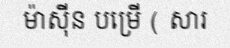
ម៉ាស៊ីន បម្រើ ( សារ